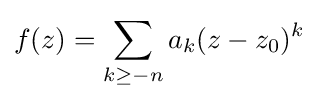
f(z)=\sum _{k\geq -n}a_{k}(z-z_{0})^{k}